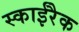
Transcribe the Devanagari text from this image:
स्काईरैक